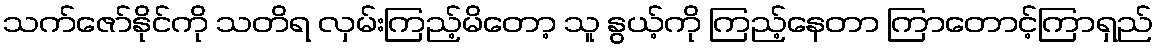
သက်ဇော်နိုင်ကို သတိရ လှမ်းကြည့်မိတော့ သူ နွယ့်ကို ကြည့်နေတာ ကြာတောင့်ကြာရှည်